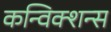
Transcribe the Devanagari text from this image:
कन्विक्शन्स